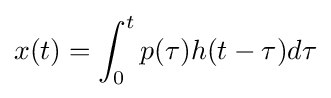
x(t)=\int _{0}^{t}{p(\tau )h(t-\tau )d\tau }